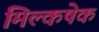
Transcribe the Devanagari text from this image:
मिल्कषेक